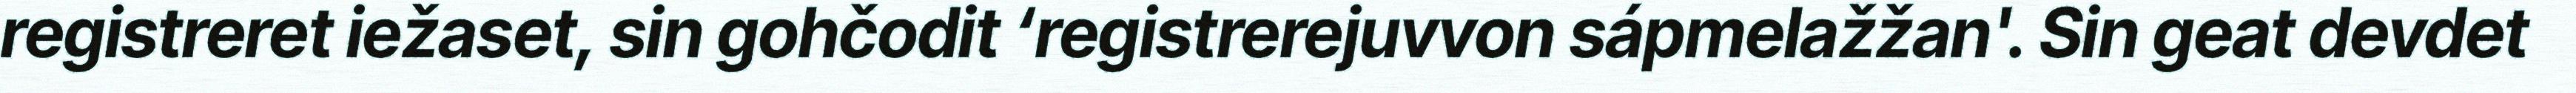
registreret iežaset, sin gohčodit ‘registrerejuvvon sápmelažžan'. Sin geat devdet